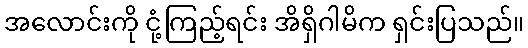
အလောင်းကို ငုံ့ကြည့်ရင်း အိရှိဂါမိက ရှင်းပြသည်။